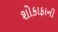
શોકાફાની